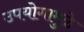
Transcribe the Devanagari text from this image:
उपयोगामुळे